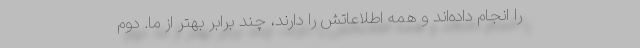
را انجام داده‌اند و همه اطلاعاتش را دارند، چند برابر بهتر از ما. دوم